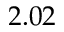
2 . 0 2